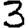
Digit: 3